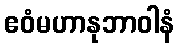
ဧဝံမဟာနုဘာဝါနံ